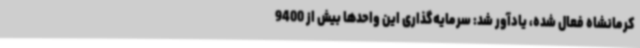
کرمانشاه فعال شده، یادآور شد: سرمایه‌گذاری این واحدها بیش از 9400